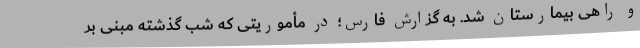
و راهی بیمارستان شد. به گزارش فارس؛ در مأموریتی که شب گذشته مبنی بر